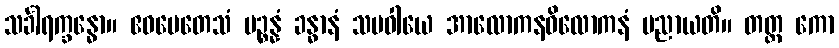
သင်္ခါရက္ခန္ဓော။ ဧဝမေတေသံ ပဉ္စန္နံ ခန္ဓာနံ သမဝါယေ အာလောကနဝိလောကနံ ပညာယတိ။ တတ္ထ ကော